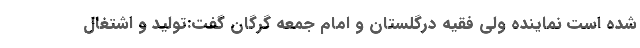
شده است نماینده ولی فقیه درگلستان و امام جمعه گرگان گفت:تولید و اشتغال